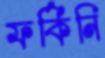
ফর্কিনি